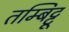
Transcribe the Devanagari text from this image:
तम्बिट्टू